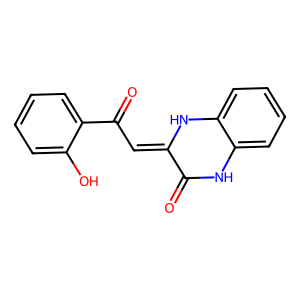
SMILES: O=C1Nc2ccccc2NC1=CC(=O)c1ccccc1O
Inhibits HIV replication: No